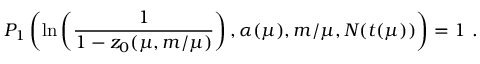
P _ { 1 } \left( \ln \left( { \frac { 1 } { 1 - z _ { 0 } ( \mu , m / \mu ) } } \right) , \alpha ( \mu ) , m / \mu , N ( t ( \mu ) ) \right) = 1 \ .